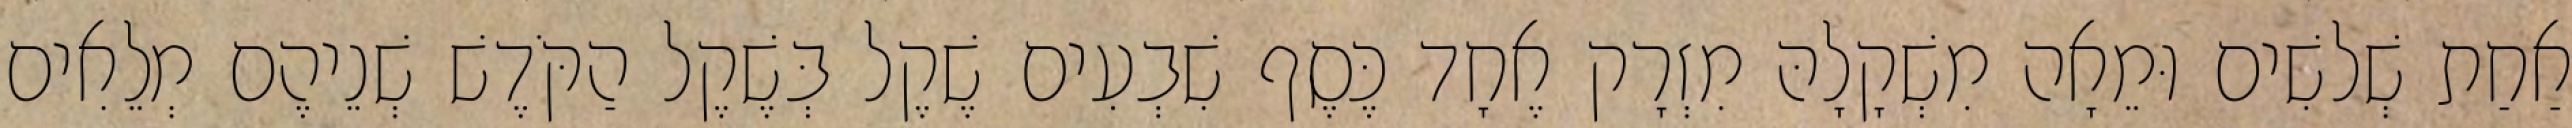
אַחַת שְׁלשִׁים וּמֵאָה מִשְׁקָלָהּ מִזְרָק אֶחָד כֶּסֶף שִׁבְעִים שֶׁקֶל בְּשֶׁקֶל הַקֹּדֶשׁ שְׁנֵיהֶם מְלֵאִים